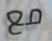
مع